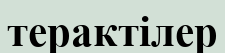
терактілер